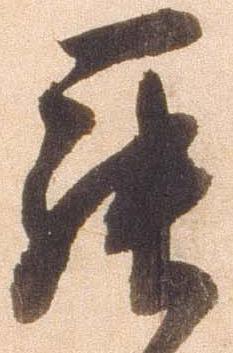
罷